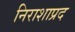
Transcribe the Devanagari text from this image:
निराशाप्रद